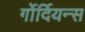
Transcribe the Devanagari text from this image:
र्गोर्दियन्स